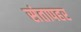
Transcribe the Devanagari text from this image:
संतापहर